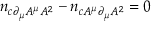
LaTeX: n _ { c \partial _ { \mu } A ^ { \mu } A ^ { 2 } } - n _ { c A ^ { \mu } \partial _ { \mu } A ^ { 2 } } = 0